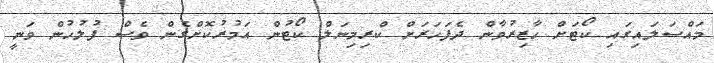
މައްސަލައިގައި ކޯޓަށް ހާޒިރުވާން ދެފަހަރަށް ކްރިމިނަލް ކޯޓުން އަމުރުކޮށްގެން ވެސް ފުލުހުން ވަނީ